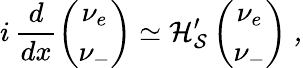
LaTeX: i\, \frac{d}{dx}\left(\begin{array}{c}{{\nu_{e}}}\\ {{\nu_{-}}}\end{array}\right)\simeq\cal{H}_{S}^{\prime}\left(\begin{array}{c}{{\nu_{e}}}\\ {{\nu_{-}}}\end{array}\right)\ ,